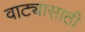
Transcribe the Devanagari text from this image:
वाट्यासाठी